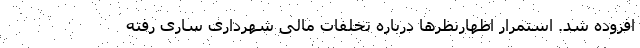
افزوده شد. استمرار اظهارنظرها درباره تخلفات مالی شهرداری ساری رفته